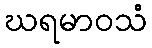
ဃရမာဝသံ